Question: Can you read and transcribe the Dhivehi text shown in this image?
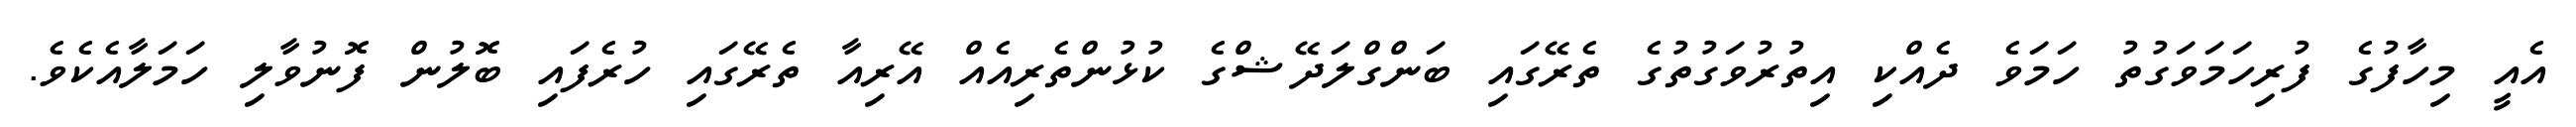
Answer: އެއީ މިހާފުގެ ފުރިހަމަވަގުތު ހަމަވެ ދެއްކި އިތުރުވަގުތުގެ ތެރޭގައި ބަންގްލަދޭޝްގެ ކުޅުންތެރިއެއް އޭރިއާ ތެރޭގައި ހުރެފައި ބޮލުން ފޮނުވާލި ހަމަލާއެކެވެ.